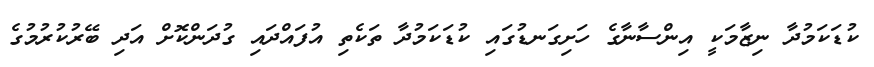
ކުޑަކަމުދާ ނިޒާމަކީ އިންސާނާގެ ހަށިގަނޑުގައި ކުޑަކަމުދާ ތަކެތި އުފައްދައި ގުދަންކޮށް އަދި ބޭރުކުރުމުގެ